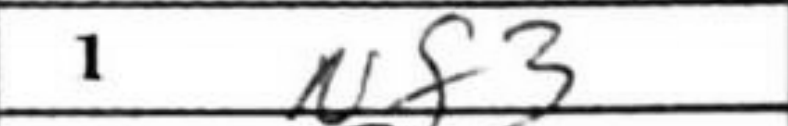
Transcription: Nf3